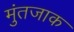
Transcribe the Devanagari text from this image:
मुंतजाक